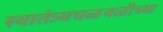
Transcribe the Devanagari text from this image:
स्वातंत्र्यचळवळीच्या